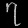
Digit: ၇